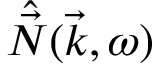
\hat { \vec { N } } ( \vec { k } , \omega )